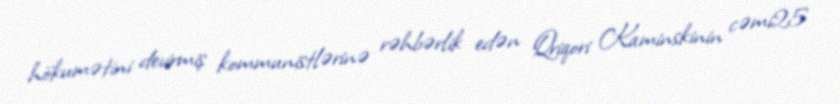
hökumətini devirmiş kommunistlərinə rəhbərlik edən Qriqori Kaminskinin cəmi25